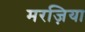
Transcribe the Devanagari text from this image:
मरज़िया